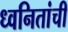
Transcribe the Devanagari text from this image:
ध्वनितांची